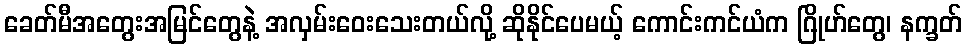
ခေတ်မီအတွေးအမြင်တွေနဲ့ အလှမ်းဝေးသေးတယ်လို့ ဆိုနိုင်ပေမယ့် ကောင်းကင်ယံက ဂြိုဟ်တွေ၊ နက္ခတ်